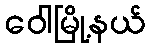
ဝေါမြို့နယ်